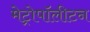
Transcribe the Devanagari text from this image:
मेट्रोपॉलीटन